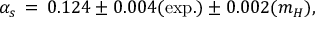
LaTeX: \alpha _ { s } \, = \, 0 . 1 2 4 \pm 0 . 0 0 4 ( \mathrm { e x p . } ) \pm 0 . 0 0 2 ( m _ { H } ) ,